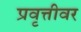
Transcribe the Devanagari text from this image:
प्रवृत्तीवर